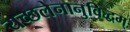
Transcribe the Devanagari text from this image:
यच्छलेनानुविद्धम्